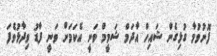
ފޮނުވުމާ ގުޅިގެން ޝައިހް އާދަމް ޝަމީމް ވަނީ އެކަމަށް ވަނީ ފާޑު ވިދާޅުވެފަ